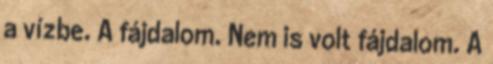
a vízbe. A fájdalom. Nem is volt fájdalom. A